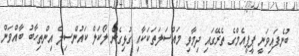
ބުނެފައިވަނީ ޕީޕީއެމްގެ ތެރޭގައި ދިމާވި މައްސަލަތަކަކާއި ގުޅިގެން ލޯކަލް ކައުންސިލް އިންތިހާބު ބާއްވަން